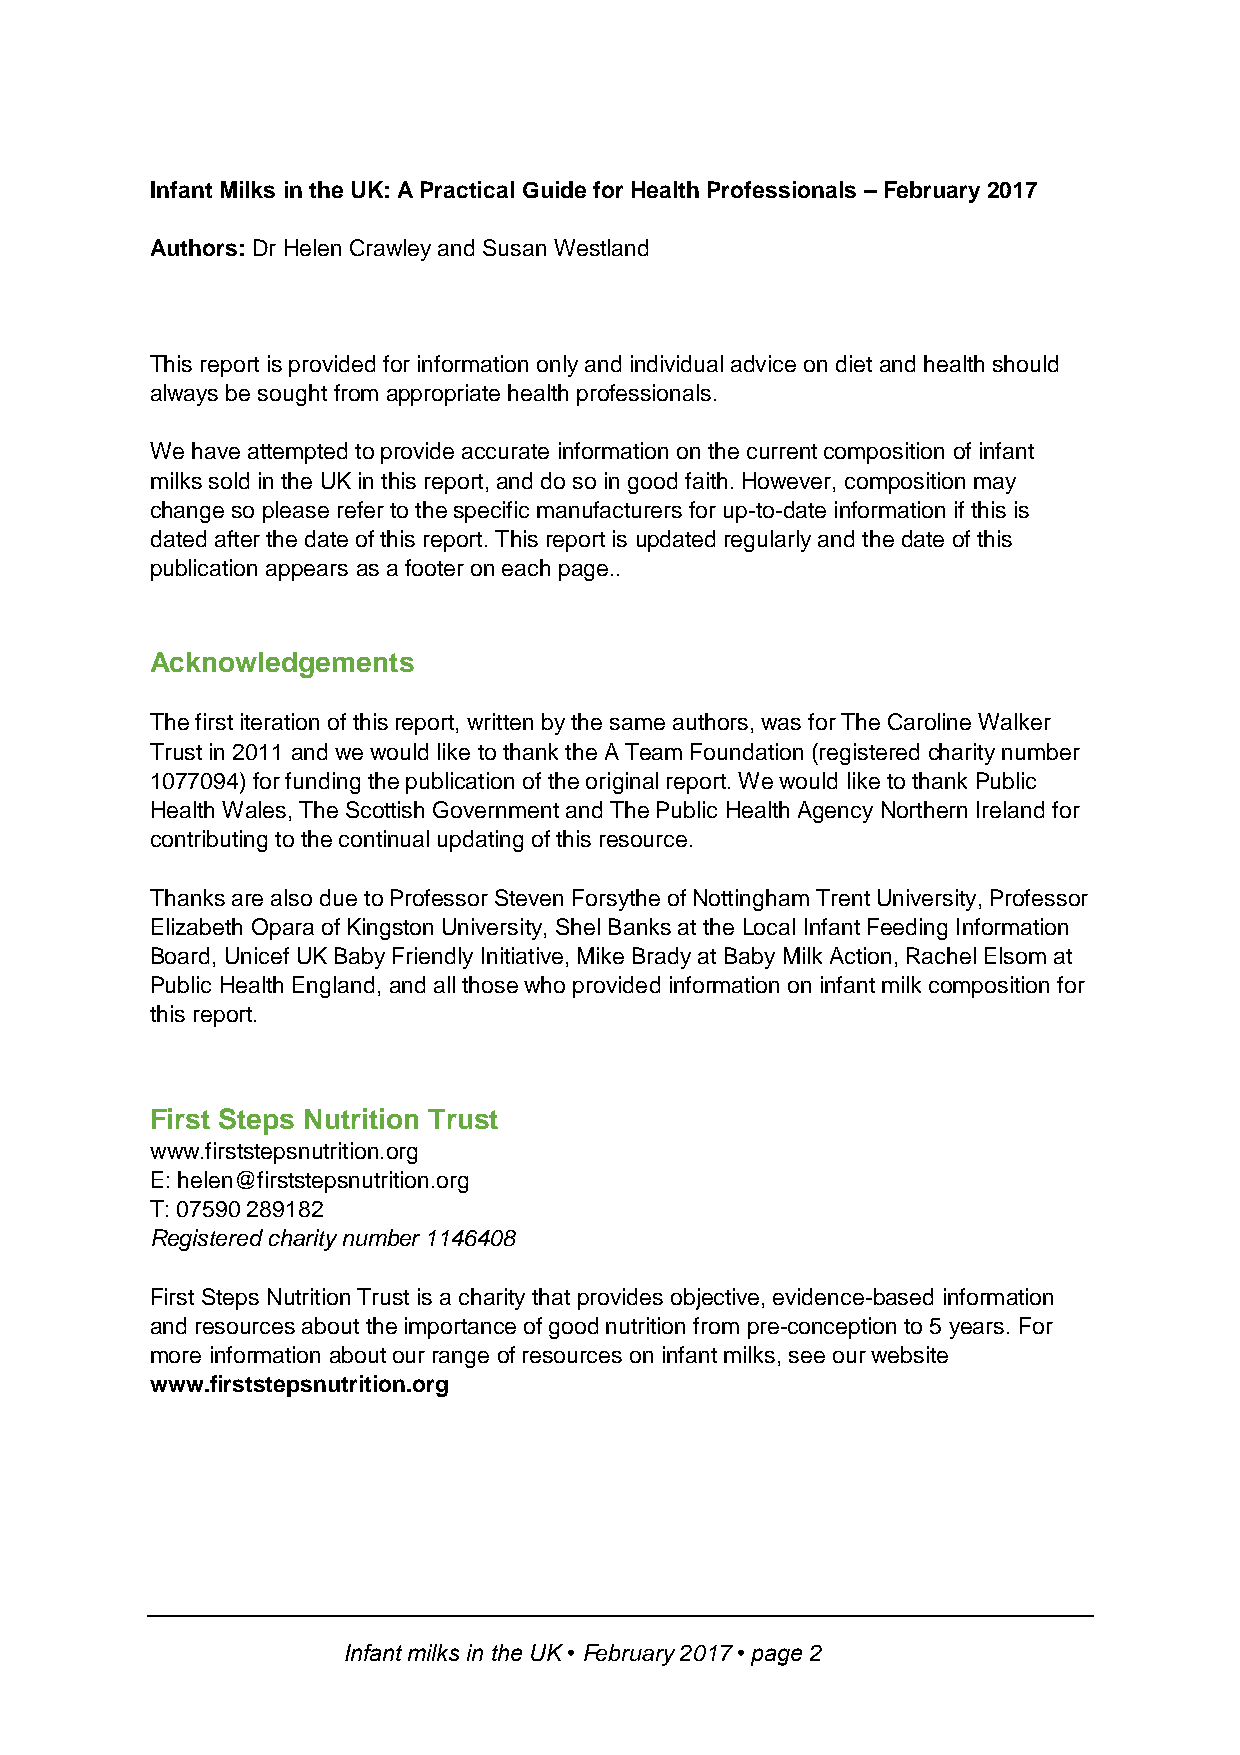
Infant Milks in the UK: A Practical Guide for Health Professionals – February 2017
 Authors: Dr Helen Crawley and Susan Westland
 This report is provided for information only and individual advice on diet and health should
 always be sought from appropriate health professionals.
 We have attempted to provide accurate information on the current composition of infant
 milks sold in the UK in this report, and do so in good faith. However, composition may
 change so please refer to the specific manufacturers for up-to-date information if this is
 dated after the date of this report. This report is updated regularly and the date of this
 publication appears as a footer on each page..
 Acknowledgements
 The first iteration of this report, written by the same authors, was for The Caroline Walker
 Trust in 2011 and we would like to thank the A Team Foundation (registered charity number
 1077094) for funding the publication of the original report. We would like to thank Public
 Health Wales, The Scottish Government and The Public Health Agency Northern Ireland for
 contributing to the continual updating of this resource.
 Thanks are also due to Professor Steven Forsythe of Nottingham Trent University, Professor
 Elizabeth Opara of Kingston University, Shel Banks at the Local Infant Feeding Information
 Board, Unicef UK Baby Friendly Initiative, Mike Brady at Baby Milk Action, Rachel Elsom at
 Public Health England, and all those who provided information on infant milk composition for
 this report.
 First Steps Nutrition Trust
 www.firststepsnutrition.org
 E: helen@firststepsnutrition.org
 T: 07590 289182
 Registered charity number 1146408
 First Steps Nutrition Trust is a charity that provides objective, evidence-based information
 and resources about the importance of good nutrition from pre-conception to 5 years. For
 more information about our range of resources on infant milks, see our website
 www.firststepsnutrition.org
 Infant milks in the UK • February 2017 • page 2